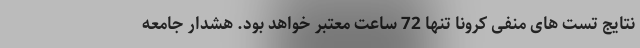
نتایج تست های منفی کرونا تنها 72 ساعت معتبر خواهد بود. هشدار جامعه